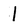
Character: I